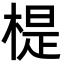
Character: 㮛